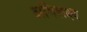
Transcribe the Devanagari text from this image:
अभिलक्ष्य